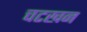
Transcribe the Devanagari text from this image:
चटखन